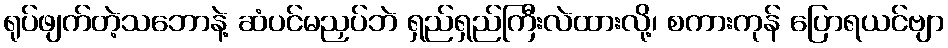
ရုပ်ဖျက်တဲ့သဘောနဲ့ ဆံပင်မညှပ်ဘဲ ရှည်ရှည်ကြီးလဲထားလို့၊ စကားကုန် ပြောရယင်ဗျာ